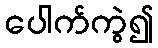
ပေါက်ကွဲ၍